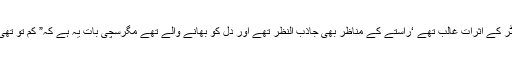
گاڑی کا سفر بے حد لطف اندوز تھا‘نیلے پانیوں کی سرزمین میںدرختوں پر پت جھٹر کے اثرات غالب تھے ‘راستے کے مناظر بھی جاذب النظر تھے اور دل کو بھانے والے تھے مگرسچی بات یہ ہے کہ” کم تو تھی آلودگی پر عام تھی بے ہودگی‘ اس لیے ہم کر نہ پائے کُھل کھلا کر تانک جھانک“۔